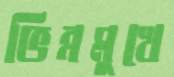
ভিন্নমুখে